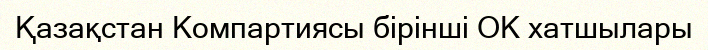
Қазақстан Компартиясы бірінші ОК хатшылары